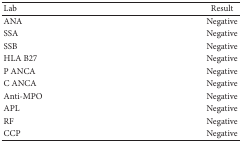
| Lab | Result |
 | --- | --- |
 | ANA | Negative |
 | SSA | Negative |
 | SSB | Negative |
 | HLA B27 | Negative |
 | P ANCA | Negative |
 | C ANCA | Negative |
 | Anti-MPO | Negative |
 | APL | Negative |
 | RF | Negative |
 | CCP | Negative |